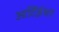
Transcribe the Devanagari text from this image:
आर्टिईथर